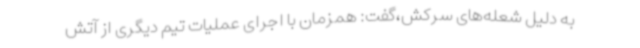
به دلیل شعله‌های سرکش،گفت: همزمان با اجرای عملیات تیم دیگری از آتش